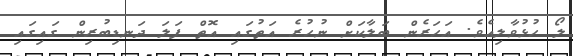
ލޯ ހުޅުވާލިއެވެ. އަަހަރެން ބަލާކަށް ނުހުރެ އަތުގައި އޮތް ފަލަ ދަނޑިބުރިން ގައިގައި